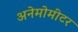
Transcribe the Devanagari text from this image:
अनेमोमीटर